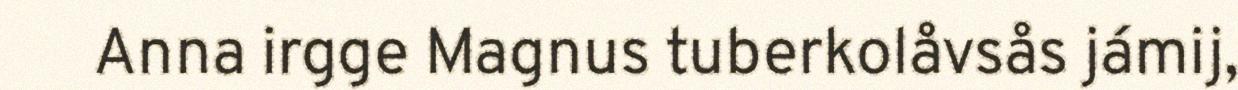
Anna irgge Magnus tuberkolåvsås jámij,